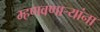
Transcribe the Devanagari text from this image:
म्हणवणार्‍यांना